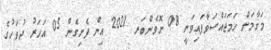
މަޤާމަށް ހަމަޖައްސަވާފައިވަނީ 08 ނޮވެންބަރ 2021 އިން ފެށިގެން 05 އަހަރު ދުވަހުގެ